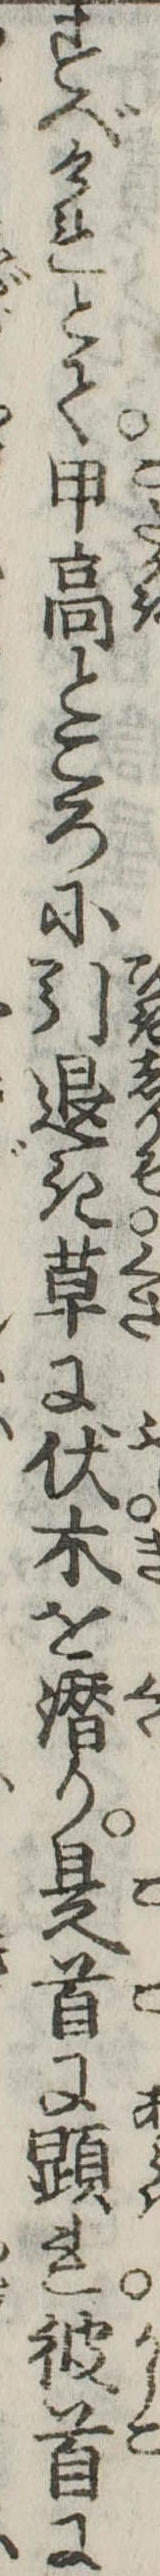
すべけれとて甲高ところに引退き草に伏木を潜り是首に顕れ彼首に